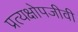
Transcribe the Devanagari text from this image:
प्रत्यक्षोपजीवी